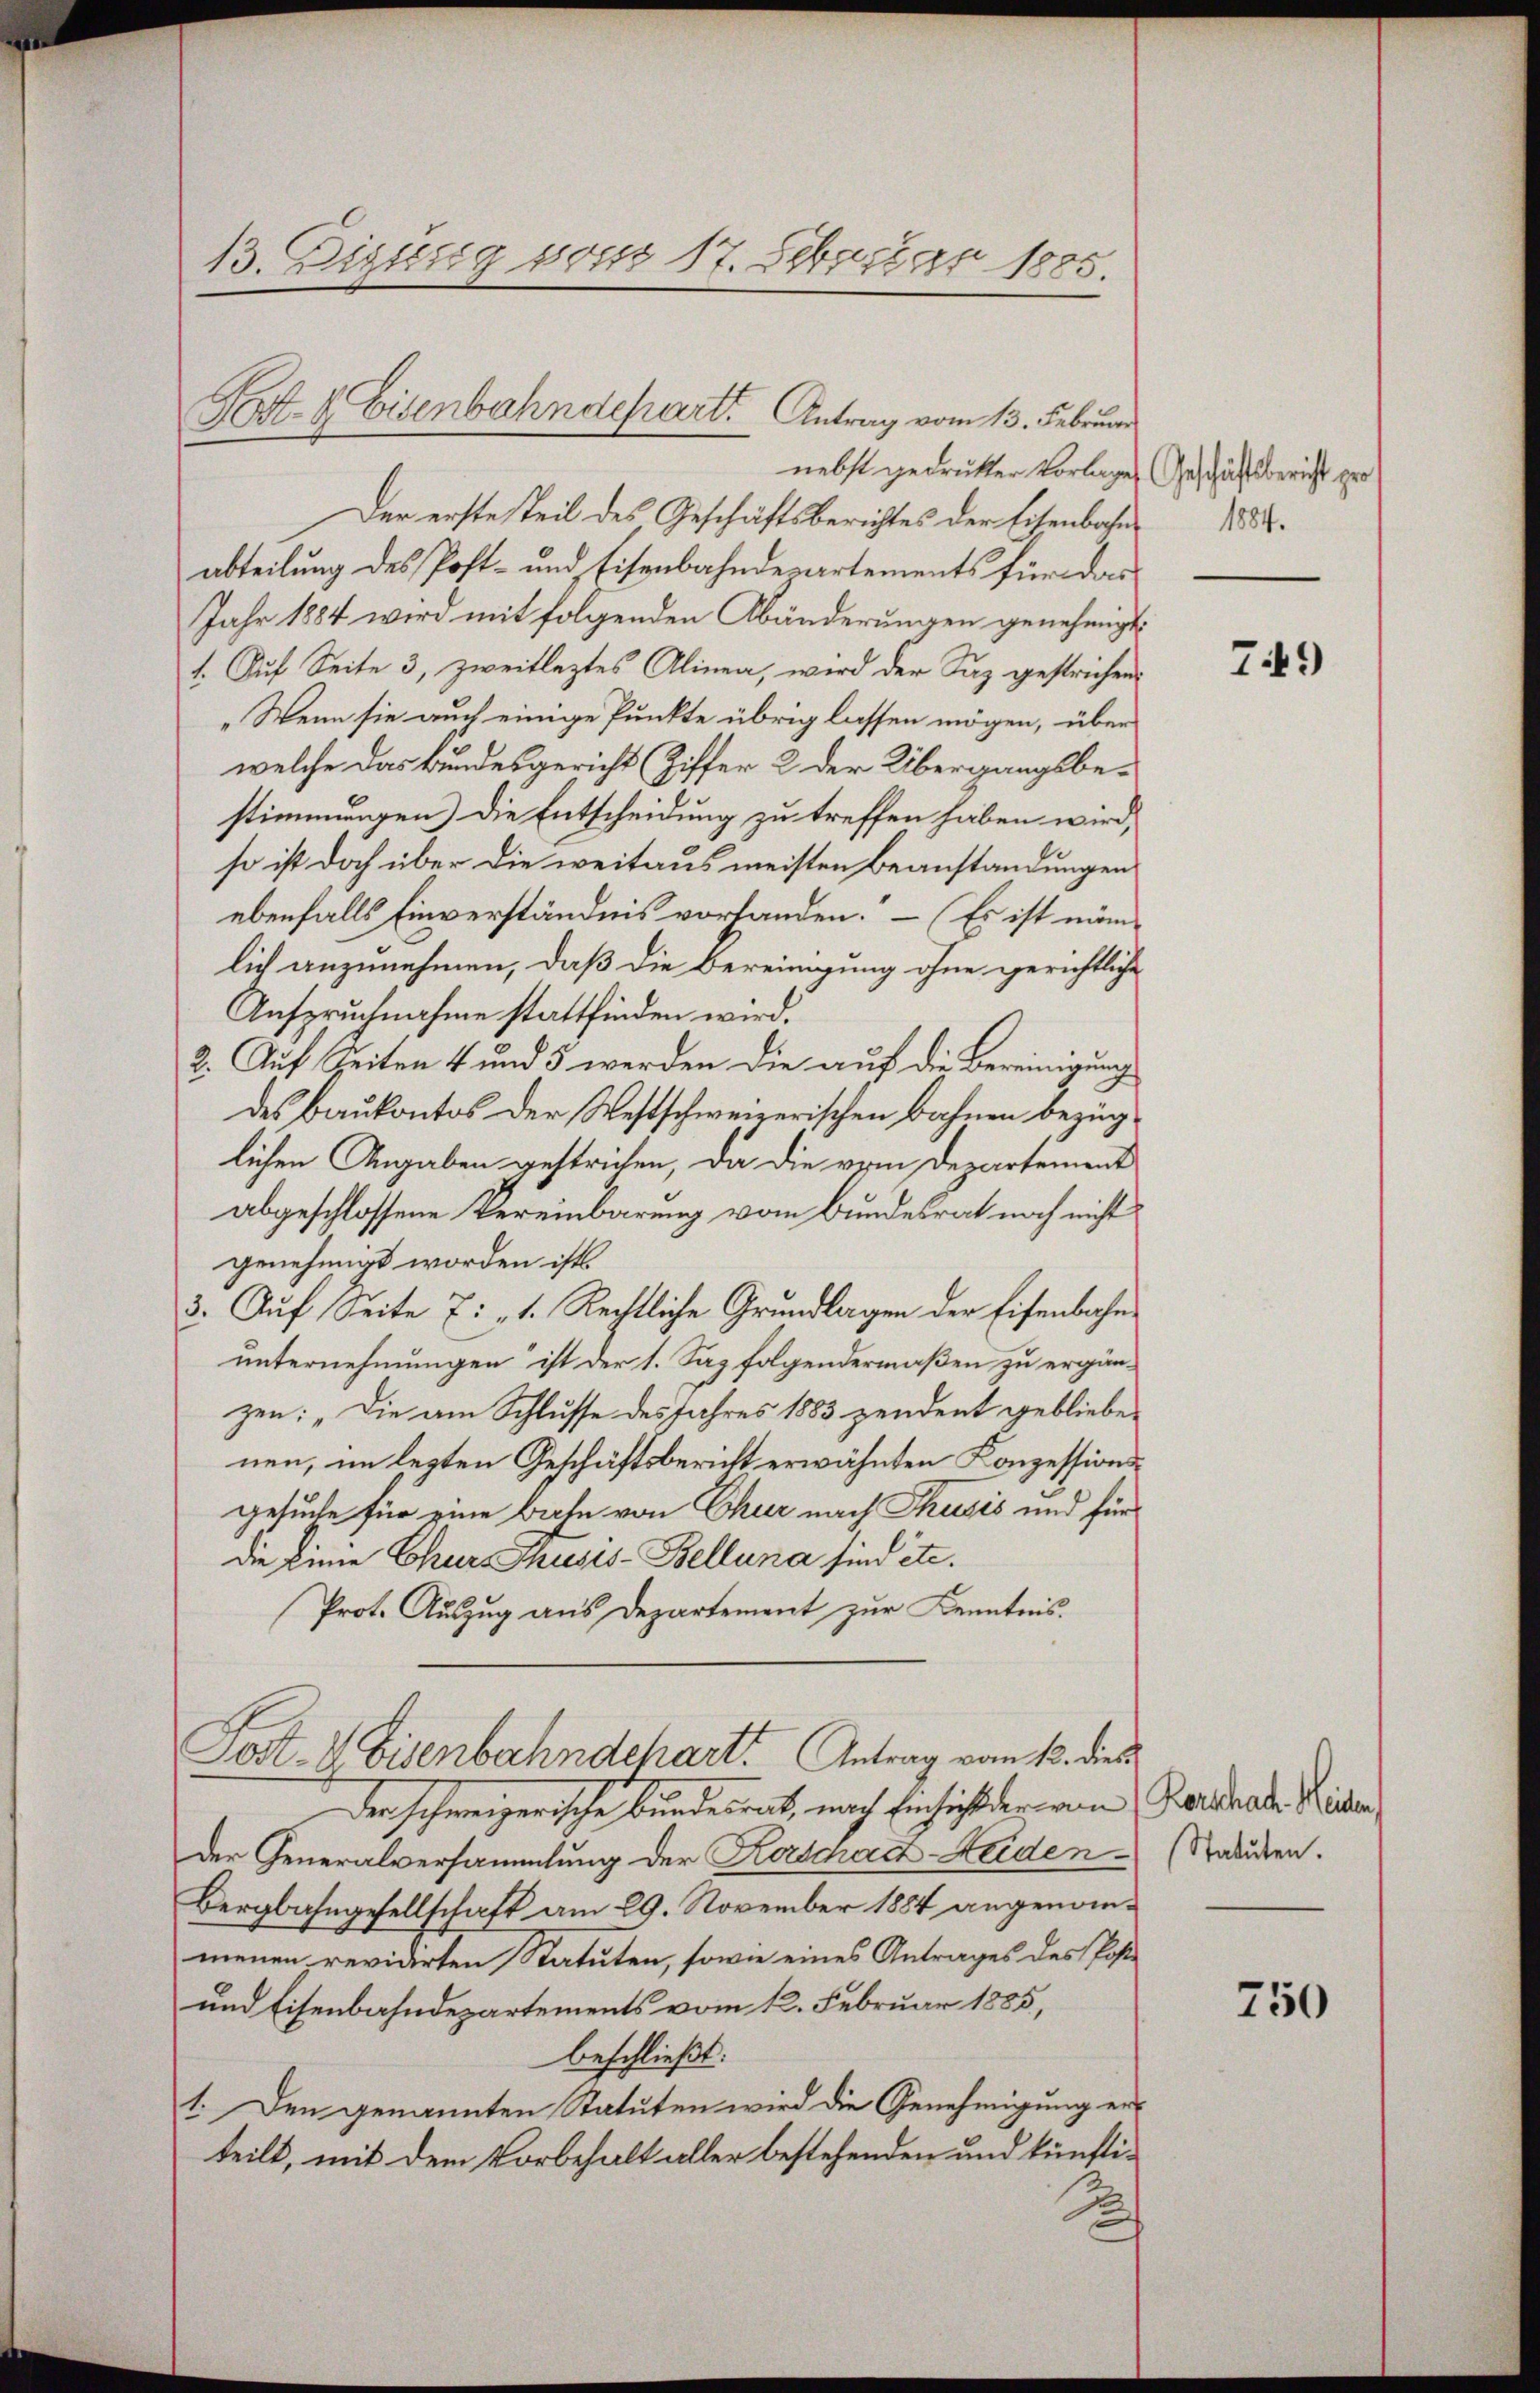
13. Digung von 17. Februar 1885.

nebst gedrukter Vorlages Geschäftsbericht pro
Der erste Teil des Geschäftsberichtes der Eisenbahn 1888.
abteilung des Post- und Eisenbahndepartements für das
Jahr 1884 wird mit folgenden Abänderungen genehmigt.
1. Auf Seite 3, zweitleztes Alinea, wird der Saz gestrichen
„Wenn sie auch einige Punkte übrig lassen mögen, über
welche das Bundesgericht (Ziffer 2 der Übergangsbestimmungen) die Entscheidung zu treffen haben wird,
so ist doch über die weitaus meisten Beanstandungen
ebenfalls Einverständnis vorhanden. – (Es ist nämlich anzunehmen, daß die Bereinigung ohne gerichtliche
Anspruchnahme stattfinden wird.
2. Auf Seiten 4 und 5 werden die auf die Bereinigung
des Baukontos der Westschweizerischen Bahnen bezüglichen Angaben gestrichen, da die vom Departement
abgeschlossene Vereinbarung vom Bundesrat noch nicht
genehmigt worden ist
3. Auf Seite 7: „1. Rechtliche Grundlagen der Eisenbahnunternehmungen ist der 1. Sag folgendermaßen zu ergänzen: „Die am Schlusse des Jahres 1883 zendent gebliebe
nen, im lezten Geschäftsbericht erwähnten Konzessionsgesuche für eine Bache von Chur nach Thusis und für
die Linie Chur Thusis-Bellana sind etc.
Prot. Auszug aus Departement zur Kenntnis.
Fost- & Eisenbahndchart. Antrag vom 13. dies
der schweizerische Bundesrat, nach Einsicht der von Barschale Reisen,
der Generalversammlung der Kardgrad Leiden (Statuden.
Bergbahngesellschaft am 29. November 1884 angenommenen reviarten Statuten, sowie eines Antrages des Post-
und Eisenbahndepartements vom 12. Februar 1885,
beschließt:
1. Den genannten Statuten wird die Genehmigung erteilt, mit dem Vorbehalt aller bestehenden und künfti-

Ptt. b. Eisenbahndepart. Antrag vom 13. Februar

749

750